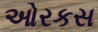
ઓરકસ